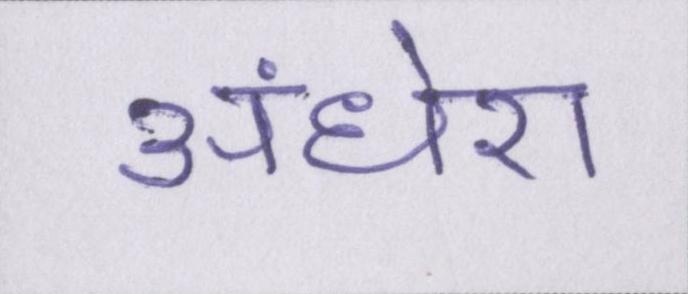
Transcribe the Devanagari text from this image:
अंधेरा